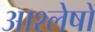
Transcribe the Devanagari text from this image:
आश्लेषों